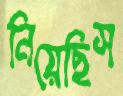
নিয়েছিস